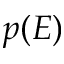
p ( E )